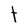
Character: t